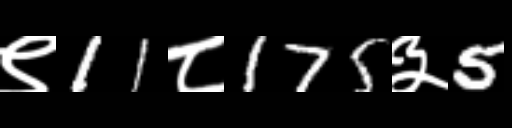
Text: ९11८175३5